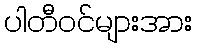
ပါတီဝင်များအား